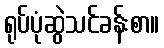
ရုပ်ပုံဆွဲသင်ခန်းစာ။